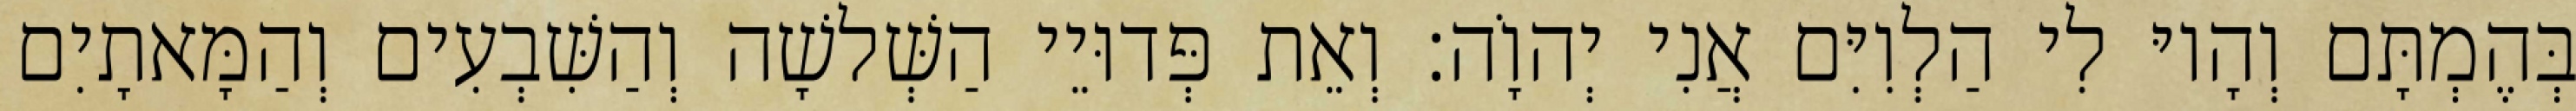
בְּהֶמְתָּם וְהָיוּ לִי הַלְוִיִּם אֲנִי יְהוָֹה׃ וְאֵת פְּדוּיֵי הַשְּׁלשָׁה וְהַשִּׁבְעִים וְהַמָּאתָיִם